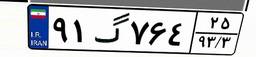
۶۴گ۹۸۶۸۹